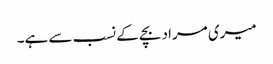
میری مراد بچے کے نسب سے ہے۔